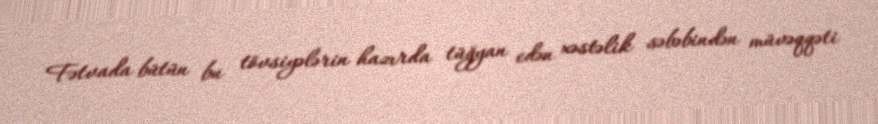
Fətvada bütün bu tövsiyələrin hazırda tüğyan edən xəstəlik səbəbindən müvəqqəti